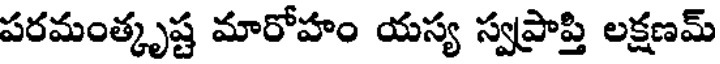
పరమంత్కృష్ట మారోహం యస్య స్వప్రాప్తి లక్షణమ్